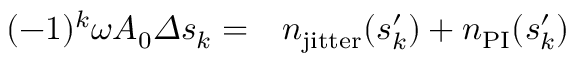
\begin{array} { r l } { ( - 1 ) ^ { k } \omega A _ { 0 } \varDelta s _ { k } = } & { { } n _ { \mathrm { j i t t e r } } ( s _ { k } ^ { \prime } ) + n _ { \mathrm { P I } } ( s _ { k } ^ { \prime } ) } \end{array}